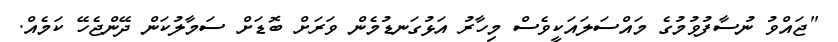
"ޖައްވު ނުސާފުވުމުގެ މައްސަލައަކީވެސް މިހާރު އަޅުގަނޑުމެން ވަރަށް ބޮޑަށް ސަމާލުކަން ދޭންޖެހޭ ކަމެއް.